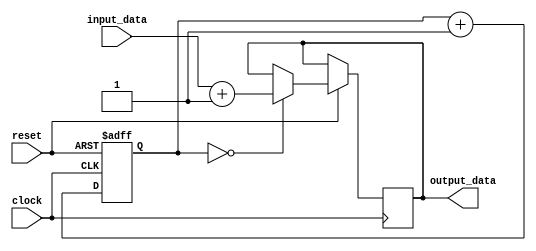
module combinational_logic (
    input wire clock,
    input wire reset,
    input wire [7:0] input_data,
    output reg [7:0] output_data
);

reg [7:0] state;

always @(posedge clock or negedge reset) begin
    if (!reset) begin
        state <= 8'b0;
    end else begin
        case(state)
            // Example case: User can add their own logic here
            8'b00000000: output_data <= input_data + 8'b00000001;
            // Add more cases as needed
        endcase
        state <= state + 1;
    end
end

endmodule